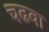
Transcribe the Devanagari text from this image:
चढवा